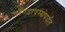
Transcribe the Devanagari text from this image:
पौगंडावस्थेपर्यंत